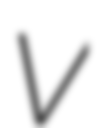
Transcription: V